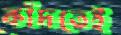
কাঁদতেই